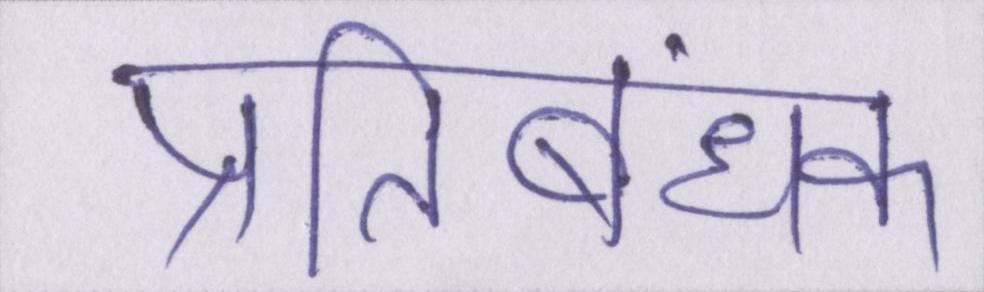
प्रतिबंधक